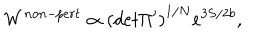
W ^ { n o n - p e r t } \propto { ( d e t \Pi ^ { \prime } ) } ^ { 1 / N } e ^ { 3 S / 2 b } ,